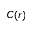
C ( r )